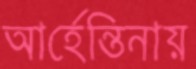
আর্হেন্তিনায়